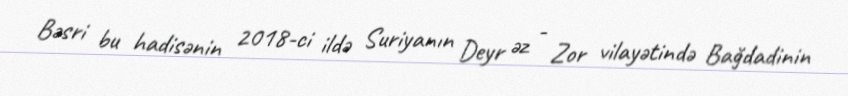
Bəsri bu hadisənin 2018-ci ildə Suriyanın Deyr əz - Zor vilayətində Bağdadinin